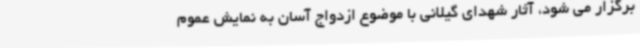
برگزار می شود، آثار شهدای گیلانی با موضوع ازدواج آسان به نمایش عموم